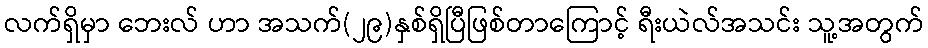
လက်ရှိမှာ ဘေးလ် ဟာ အသက်(၂၉)နှစ်ရှိပြီဖြစ်တာကြောင့် ရီးယဲလ်အသင်း သူ့အတွက်